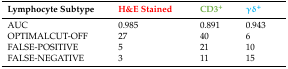
| Lymphocyte Subtype | H&E Stained | CD3+ | γδ+ |
 | --- | --- | --- | --- |
 | AUC | 0.985 | 0.891 | 0.943 |
 | OPTIMALCUT-OFF | 27 | 40 | 6 |
 | FALSE-POSITIVE | 5 | 21 | 10 |
 | FALSE-NEGATIVE | 3 | 11 | 15 |